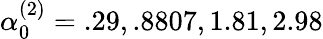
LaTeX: \alpha_{0}^{(2)}={{.29,.8807,1.81,2.98}}